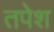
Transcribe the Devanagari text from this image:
तपेश